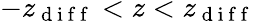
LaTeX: -z_{\mathrm{~d~i~f~f~}}<z<z_{\mathrm{~d~i~f~f~}}